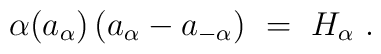
\alpha(a_\alpha) \, (a_\alpha - a_{-\alpha})~=~H_\alpha~.\vspace{2mm}